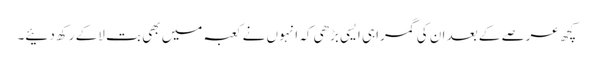
کچھ عرصے کے بعد ان کی گمراہی ایسی بڑھی کہ انہوں نے کعبہ میں بھی بت لاکے رکھ دئیے۔